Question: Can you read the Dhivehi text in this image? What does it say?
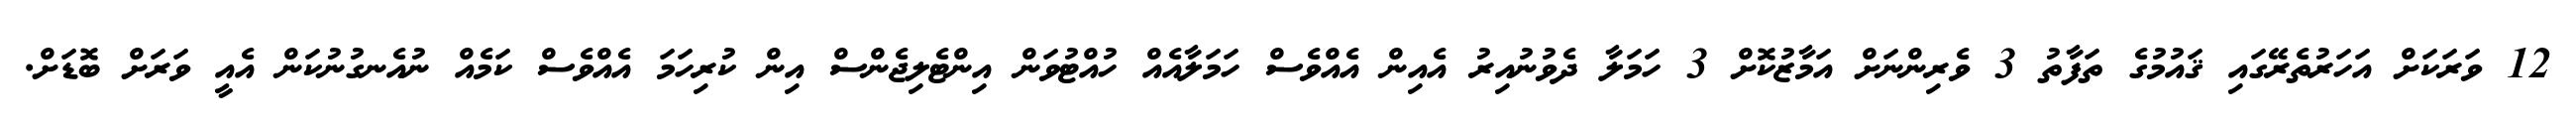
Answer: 12 ވަރަކަށް އަހަރުތެރޭގައި ޤައުމުގެ ތަފާތު 3 ވެރިންނަށް އަމާޒުކޮށް 3 ހަމަލާ ދެވުނުއިރު އެއިން އެއްވެސް ހަމަލާއެއް ހުއްޓުވަން އިންޓެލިޖެންސް އިން ކުރިހަމަ އެއްވެސް ކަމެއް ނުއެނގުނުކަން އެއީ ވަރަށް ބޮޑަށް.